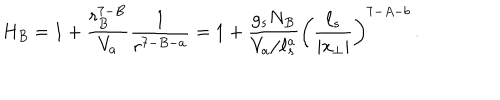
H _ { B } = 1 + { \frac { r _ { B } ^ { 7 - B } } { V _ { a } } } { \frac { 1 } { r ^ { 7 - B - a } } } = 1 + { \frac { g _ { s } N _ { B } } { V _ { a } / \ell _ { s } ^ { a } } } \left( { \frac { \ell _ { s } } { | x _ { \perp } | } } \right) ^ { 7 - A - b } \, .